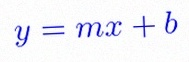
y=mx+b